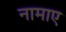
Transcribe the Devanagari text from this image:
नामाए